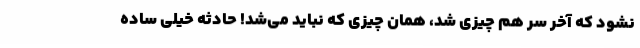
نشود که آخر سر هم چیزی شد، همان چیزی که نباید می‌شد! حادثه خیلی ساده